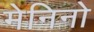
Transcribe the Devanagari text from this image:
मेनिनो